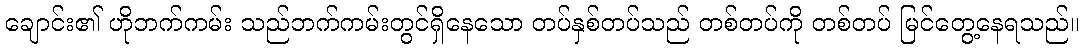
ချောင်း၏ ဟိုဘက်ကမ်း သည်ဘက်ကမ်းတွင်ရှိနေသော တပ်နှစ်တပ်သည် တစ်တပ်ကို တစ်တပ် မြင်တွေ့နေရသည်။